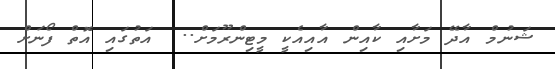
ޝަނުމް އާދޭ މަށާއި ކާއިން އާއިއެކީ މީޓިންރޫމަށް..  އަތުގައި އޮތް ފޯނަށް